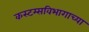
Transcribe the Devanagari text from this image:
कस्टम्सविभागाच्या